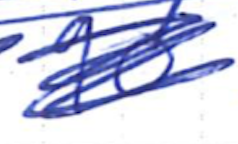
Text: 90
Cross-out: scratch
Writing tool: ballpoint